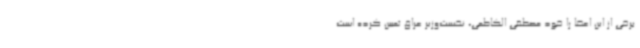
برخی از این اعضا را خود مصطفی الکاظمی، نخست‌وزیر عراق تعیین کرده است.